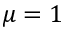
\mu = 1